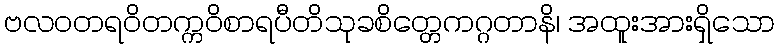
ဗလဝတရဝိတက္ကဝိစာရပီတိသုခစိတ္တေကဂ္ဂတာနိ၊ အထူးအားရှိသော